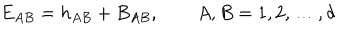
LaTeX: E _ { A B } = h _ { A B } + B _ { A B } , \qquad A , B = 1 , 2 , \ldots , d